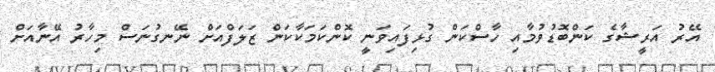
އޭރު އަރީޝާގެ ކަންބޮޑުވުމާއި ހާސްކަން ގުޅިފައިވަނީ ކޮންކަމަކާކަން ޒަލަފްއަށް ނޭނގުނަސް މިހާރު އޭނާއަށް